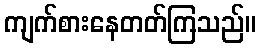
ကျက်စားနေတတ်ကြသည်။